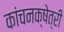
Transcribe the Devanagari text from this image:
कांचनक्षेत्री